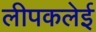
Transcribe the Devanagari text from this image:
लीपकलेई